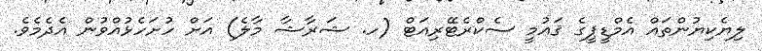
ލިޔެކިޔުންތައް އެމްޑީޕީގެ ޤައުމީ ސެކްރެޓޭރިއަޓް (ހ. ޝަރާޝާ މާލެ) އަށް ހުށަހެޅުއްވުން އެދެމެވެ.